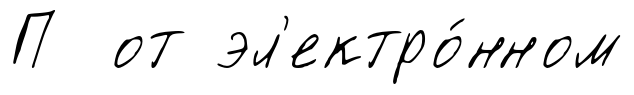
П от эл'ектро́нном